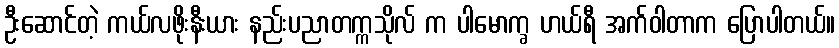
ဦးဆောင်တဲ့ ကယ်လဖိုးနီးယား နည်းပညာတက္ကသိုလ် က ပါမောက္ခ ဟယ်ရီ အက်ဝါတာက ပြောပါတယ်။